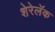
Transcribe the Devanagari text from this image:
शेरेलॅक